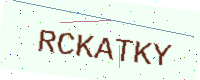
Text: RCKATKY